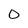
Character: 0